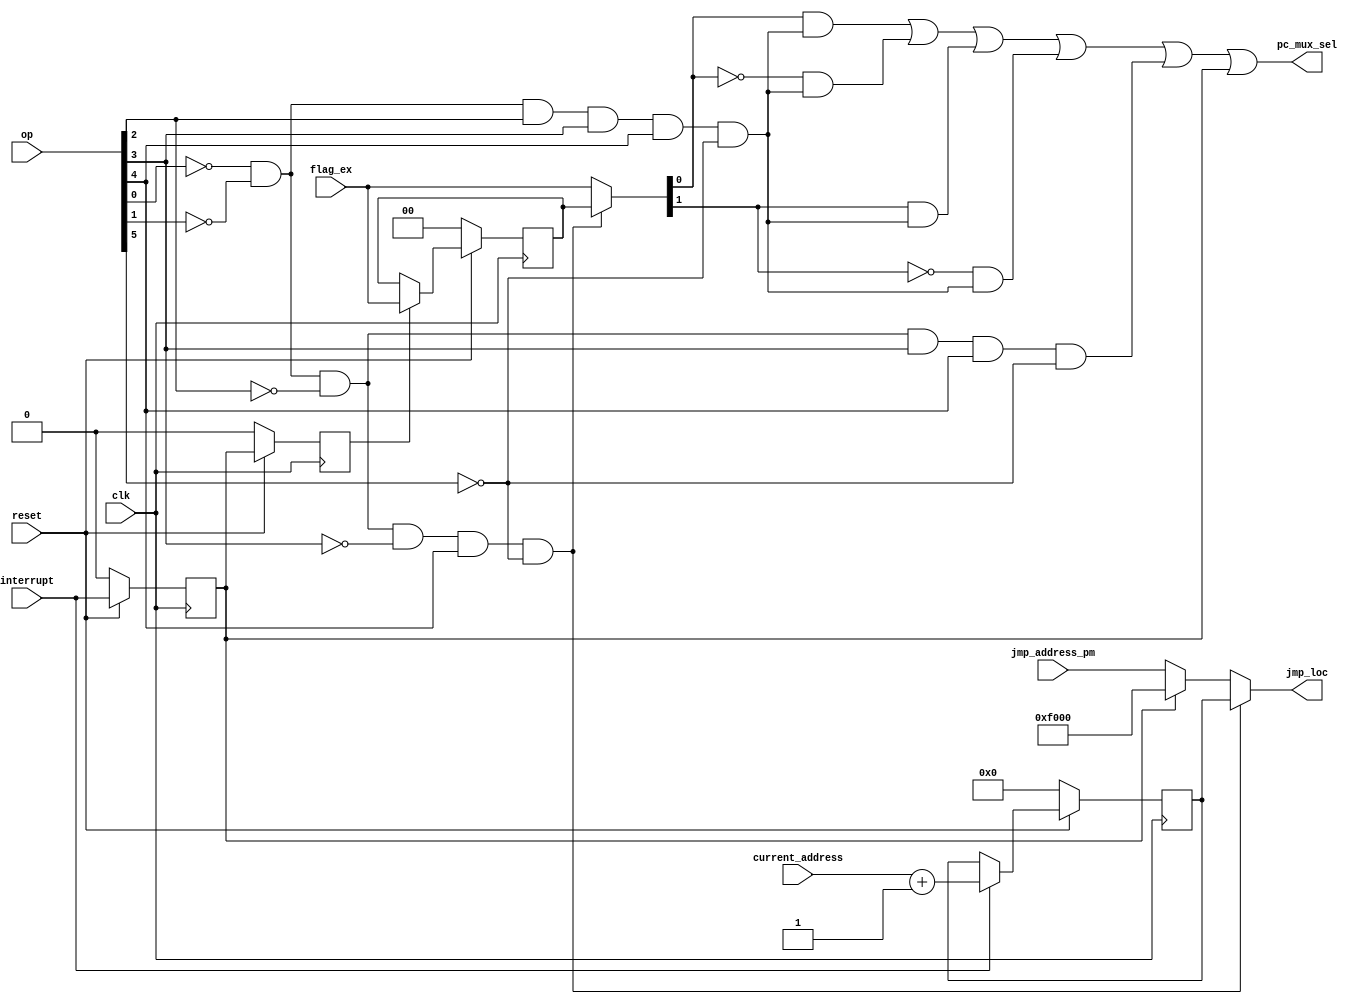
`timescale 1ns / 1ps
//////////////////////////////////////////////////////////////////////////////////
// Company: 
// Engineer: 
// 
// Design Name: 
// Module Name:    jump_control_block 
// Project Name: 
// Target Devices: 
// Tool versions: 
// Description: 
//
// Dependencies: 
//
// Revision: 
// Revision 0.01 - File Created
// Additional Comments: 
//
//////////////////////////////////////////////////////////////////////////////////
module jump_control_block(jmp_loc,pc_mux_sel,jmp_address_pm,current_address,op,flag_ex,interrupt,clk,reset);

input[15:0] jmp_address_pm,current_address;
input[5:0] op;
input[1:0] flag_ex;
input interrupt,clk,reset;
output[15:0] jmp_loc;
output pc_mux_sel;
wire[15:0] next_address,jmp_1;
wire jv,jnv,jz,jnz,jmp,ret,jv1,jnv1,jz1,jnz1;
wire[1:0] flag_ex_1;
reg interrupt_1,interrupt_2;
reg[15:0] next_address_prv;
reg[1:0] flag_ex_2;
wire[1:0] flag_ex_final;

and a1(jv,~op[0],~op[1],op[2],op[3],op[4],~op[5]);
and a2(jnv,op[0],~op[1],op[2],op[3],op[4],~op[5]);
and a3(jz,~op[0],op[1],op[2],op[3],op[4],~op[5]);
and a4(jnz,op[0],op[1],op[2],op[3],op[4],~op[5]);
and a5(jmp,~op[0],~op[1],~op[2],op[3],op[4],~op[5]);
and a6(jv1,flag_ex_final[0],jv);
and a7(jnv1,~flag_ex_final[0],jv);
and a8(jz1,flag_ex_final[1],jv);
and a9(jnz1,~flag_ex_final[1],jv);
and a10(ret,~op[0],~op[1],~op[2],~op[3],op[4],~op[5]);
or o1(pc_mux_sel,jv1,jnv1,jz1,jnz1,jmp,interrupt_1);

assign next_address=(interrupt==1'b1)?current_address+16'h0001:next_address_prv; 
assign flag_ex_1=(interrupt_2==1'b1)?flag_ex:flag_ex_2;
assign flag_ex_final=(ret==1'b1)?flag_ex_2:flag_ex;
assign jmp_1=(interrupt_1==1'b0)?jmp_address_pm:16'hf000;
assign jmp_loc=(ret==1'b1)?next_address_prv:jmp_1;

always@(posedge clk)
begin
	if(reset==1'b0)
	begin
		flag_ex_2<=2'b0;
		interrupt_1<=1'b0;
		interrupt_2<=1'b0;
		next_address_prv<=16'b0;
	end
	else
	begin
		flag_ex_2<=flag_ex_1;
		interrupt_1<=interrupt;
		interrupt_2<=interrupt_1;
		next_address_prv<=next_address;
	end
end
endmodule